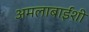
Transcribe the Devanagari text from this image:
अमलाबाईंशी